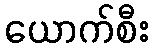
ယောက်စီး